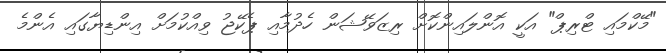
"މޭކްމައި ޓްރިޕް" އަކީ އޮންލައިންކޮށް ރިޒަވޭޝަން ހެދުމާއި ޕެކޭޖު ވިއްކުމަށް އިންޑިޔާގައި އެންމެ